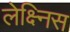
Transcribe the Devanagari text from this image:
लेक्ष्निस